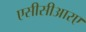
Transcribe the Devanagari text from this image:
एसीसीआरए